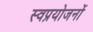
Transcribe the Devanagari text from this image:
स्वप्रयोजनों